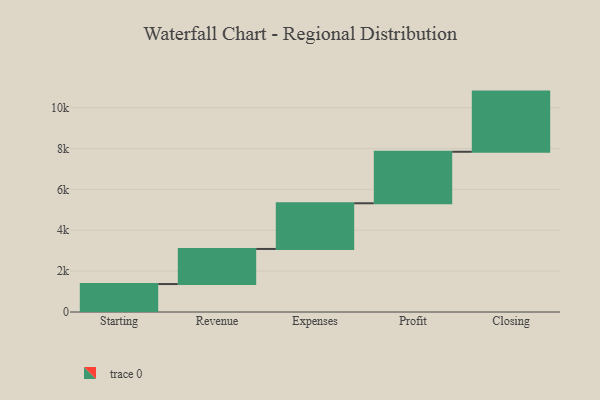
{"axis": {"x": "Step", "y": "Value"}, "legend": [""], "data": [{"x": "Starting", "y": 1368.0, "type": ""}, {"x": "Revenue", "y": 1718.0, "type": ""}, {"x": "Expenses", "y": 2237.0, "type": ""}, {"x": "Profit", "y": 2521.0, "type": ""}, {"x": "Closing", "y": 2945.0, "type": ""}]}